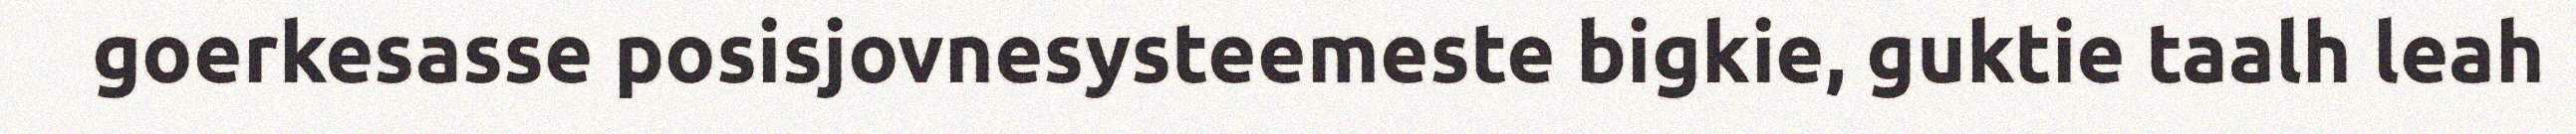
goerkesasse posisjovnesysteemeste bigkie, guktie taalh leah